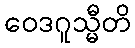
ဝေဒဂူသ္မီတိ